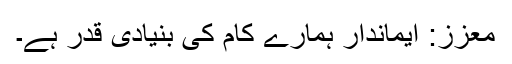
معزز: ایماندار ہمارے کام کی بنیادی قدر ہے۔